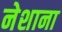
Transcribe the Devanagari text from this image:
नेशाना